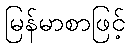
မြန်မာစာဖြင့်